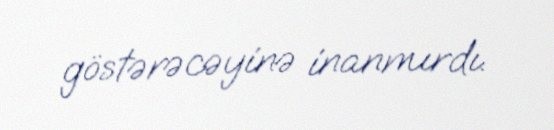
göstərəcəyinə inanmırdı.